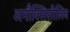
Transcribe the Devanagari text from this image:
अमौक्सिसीलिन